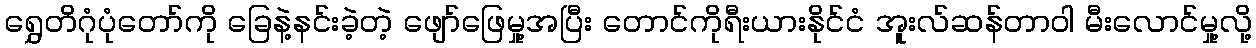
ရွှေတိဂုံပုံတော်ကို ခြေနဲ့နင်းခဲ့တဲ့ ဖျော်ဖြေမှု့အပြီး တောင်ကိုရီးယားနိုင်ငံ အူးလ်ဆန်တာဝါ မီးလောင်မှု့လို့